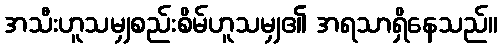
အသီးဟူသမျှစည်းစိမ်ဟူသမျှ၏ အရသာရှိနေသည်။